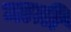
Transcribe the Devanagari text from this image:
माग़ी